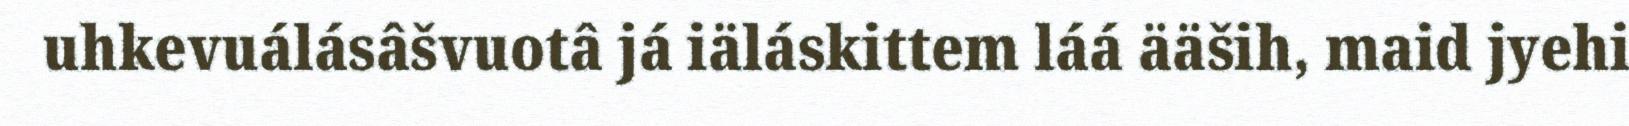
uhkevuálásâšvuotâ já iäláskittem láá ääših, maid jyehi